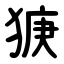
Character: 㹹